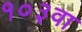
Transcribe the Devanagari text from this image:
१०३वा